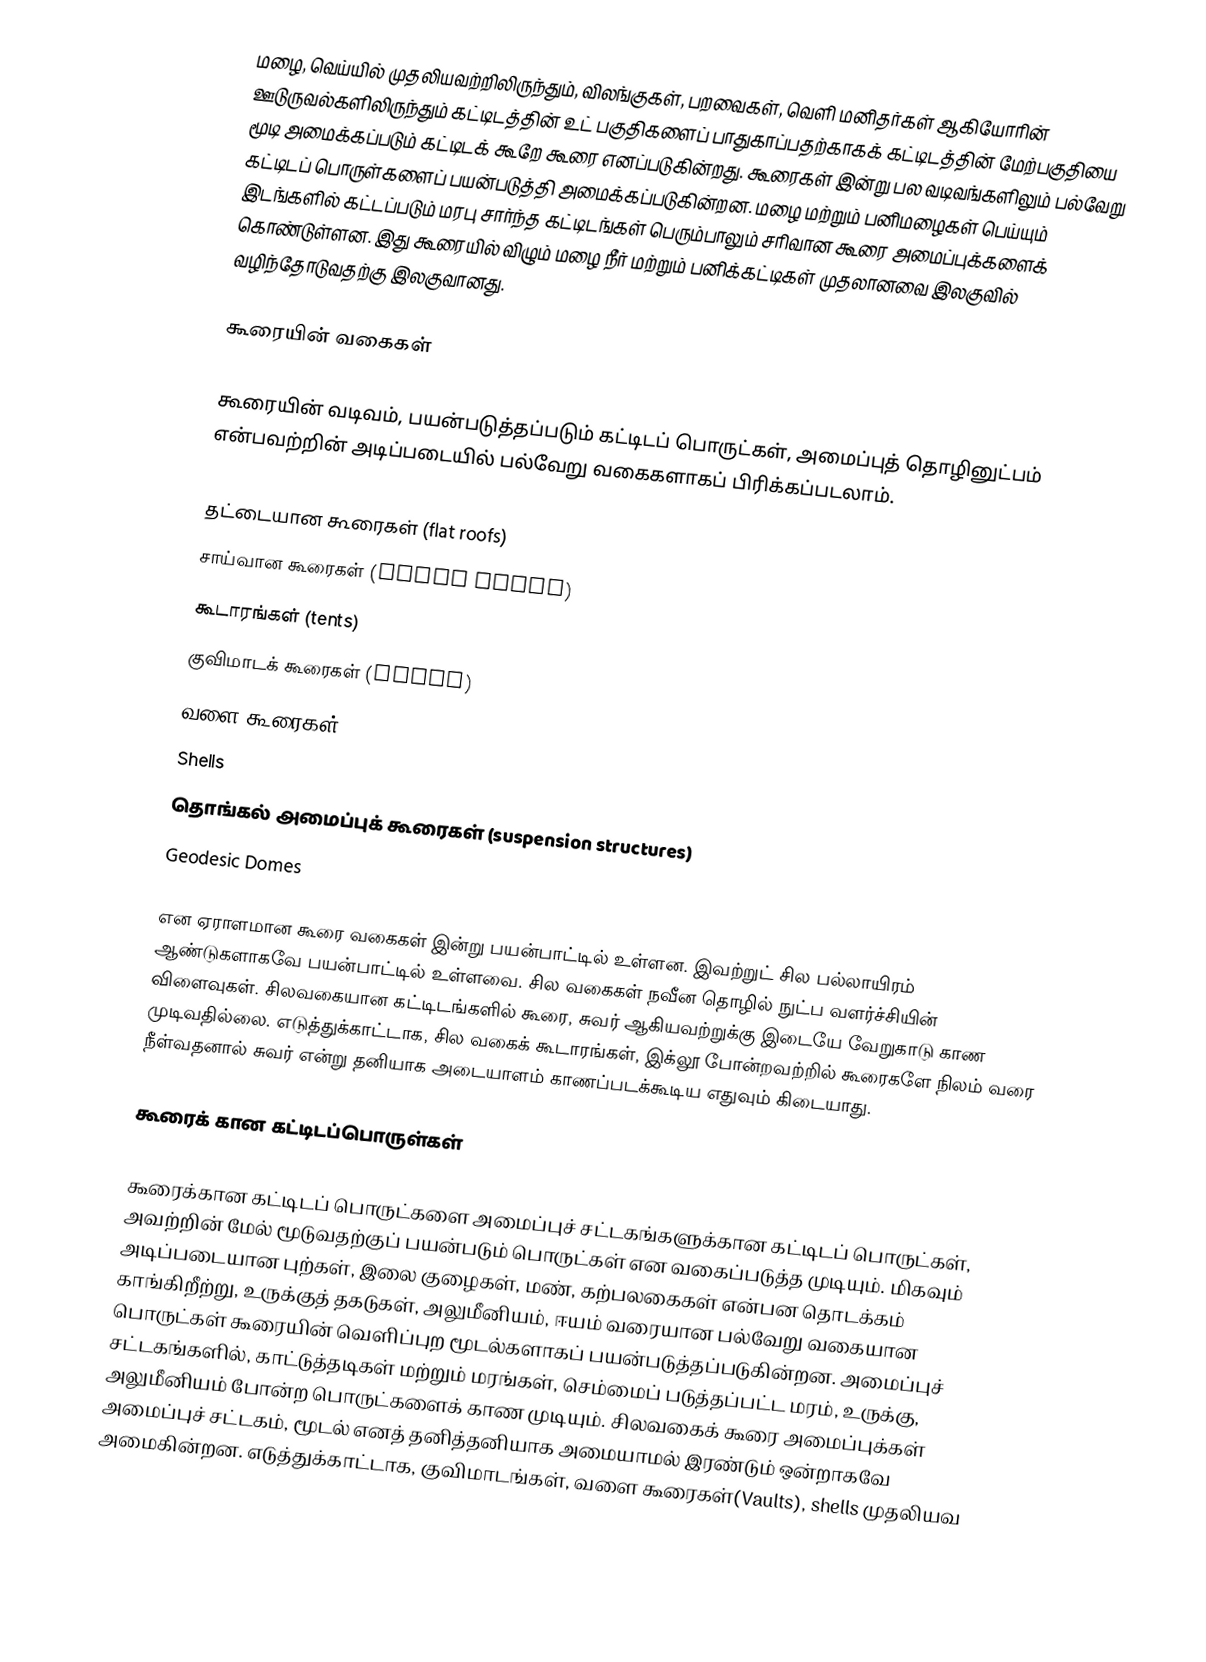
மழை, வெய்யில் முதலியவற்றிலிருந்தும், விலங்குகள், பறவைகள், வெளி மனிதர்கள் ஆகியோரின் ஊடுருவல்களிலிருந்தும் கட்டிடத்தின் உட் பகுதிகளைப் பாதுகாப்பதற்காகக் கட்டிடத்தின் மேற்பகுதியை மூடி அமைக்கப்படும் கட்டிடக் கூறே கூரை எனப்படுகின்றது. கூரைகள் இன்று பல வடிவங்களிலும் பல்வேறு கட்டிடப் பொருள்களைப் பயன்படுத்தி அமைக்கப்படுகின்றன. மழை மற்றும் பனிமழைகள் பெய்யும் இடங்களில் கட்டப்படும் மரபு சார்ந்த கட்டிடங்கள் பெரும்பாலும் சரிவான கூரை அமைப்புக்களைக் கொண்டுள்ளன. இது கூரையில் விழும் மழை நீர் மற்றும் பனிக்கட்டிகள் முதலானவை இலகுவில் வழிந்தோடுவதற்கு இலகுவானது.

கூரையின் வகைகள்

கூரையின் வடிவம், பயன்படுத்தப்படும் கட்டிடப் பொருட்கள், அமைப்புத் தொழினுட்பம் என்பவற்றின் அடிப்படையில் பல்வேறு வகைகளாகப் பிரிக்கப்படலாம்.

 தட்டையான கூரைகள் (flat roofs)
 சாய்வான கூரைகள் (pitch roofs)
 கூடாரங்கள் (tents)
 குவிமாடக் கூரைகள் (domes)
 வளை கூரைகள் (vaults)
 Shells
 தொங்கல் அமைப்புக் கூரைகள் (suspension structures)
 Geodesic Domes

என ஏராளமான கூரை வகைகள் இன்று பயன்பாட்டில் உள்ளன. இவற்றுட் சில பல்லாயிரம் ஆண்டுகளாகவே பயன்பாட்டில் உள்ளவை. சில வகைகள் நவீன தொழில் நுட்ப வளர்ச்சியின் விளைவுகள். சிலவகையான கட்டிடங்களில் கூரை, சுவர் ஆகியவற்றுக்கு இடையே வேறுகாடு காண முடிவதில்லை. எடுத்துக்காட்டாக, சில வகைக் கூடாரங்கள், இக்லூ போன்றவற்றில் கூரைகளே நிலம் வரை நீள்வதனால் சுவர் என்று தனியாக அடையாளம் காணப்படக்கூடிய எதுவும் கிடையாது.

கூரைக் கான கட்டிடப்பொருள்கள்

கூரைக்கான கட்டிடப் பொருட்களை அமைப்புச் சட்டகங்களுக்கான கட்டிடப் பொருட்கள், அவற்றின் மேல் மூடுவதற்குப் பயன்படும் பொருட்கள் என வகைப்படுத்த முடியும். மிகவும் அடிப்படையான புற்கள், இலை குழைகள், மண், கற்பலகைகள் என்பன தொடக்கம் காங்கிறீற்று, உருக்குத் தகடுகள், அலுமீனியம், ஈயம் வரையான பல்வேறு வகையான பொருட்கள் கூரையின் வெளிப்புற மூடல்களாகப் பயன்படுத்தப்படுகின்றன. அமைப்புச் சட்டகங்களில், காட்டுத்தடிகள் மற்றும் மரங்கள், செம்மைப் படுத்தப்பட்ட மரம், உருக்கு, அலுமீனியம் போன்ற பொருட்களைக் காண முடியும். சிலவகைக் கூரை அமைப்புக்கள் அமைப்புச் சட்டகம், மூடல் எனத் தனித்தனியாக அமையாமல் இரண்டும் ஒன்றாகவே அமைகின்றன. எடுத்துக்காட்டாக, குவிமாடங்கள், வளை கூரைகள்(Vaults), shells முதலியவ